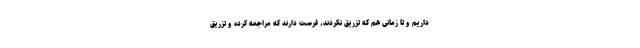
داریم و تا زمانی هم که تزریق نکردند، فرصت دارند که مراجعه کرده و تزریق